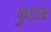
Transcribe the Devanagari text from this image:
कुटाश्च